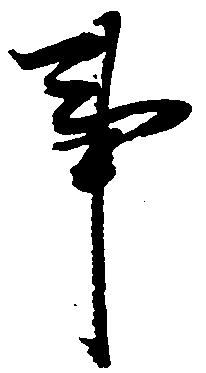
事